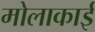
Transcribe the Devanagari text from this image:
मोलाकाई